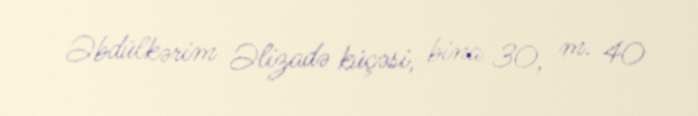
Əbdülkərim Əlizadə küçəsi, bina 30, m. 40